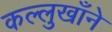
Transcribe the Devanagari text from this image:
कल्लुखाँने